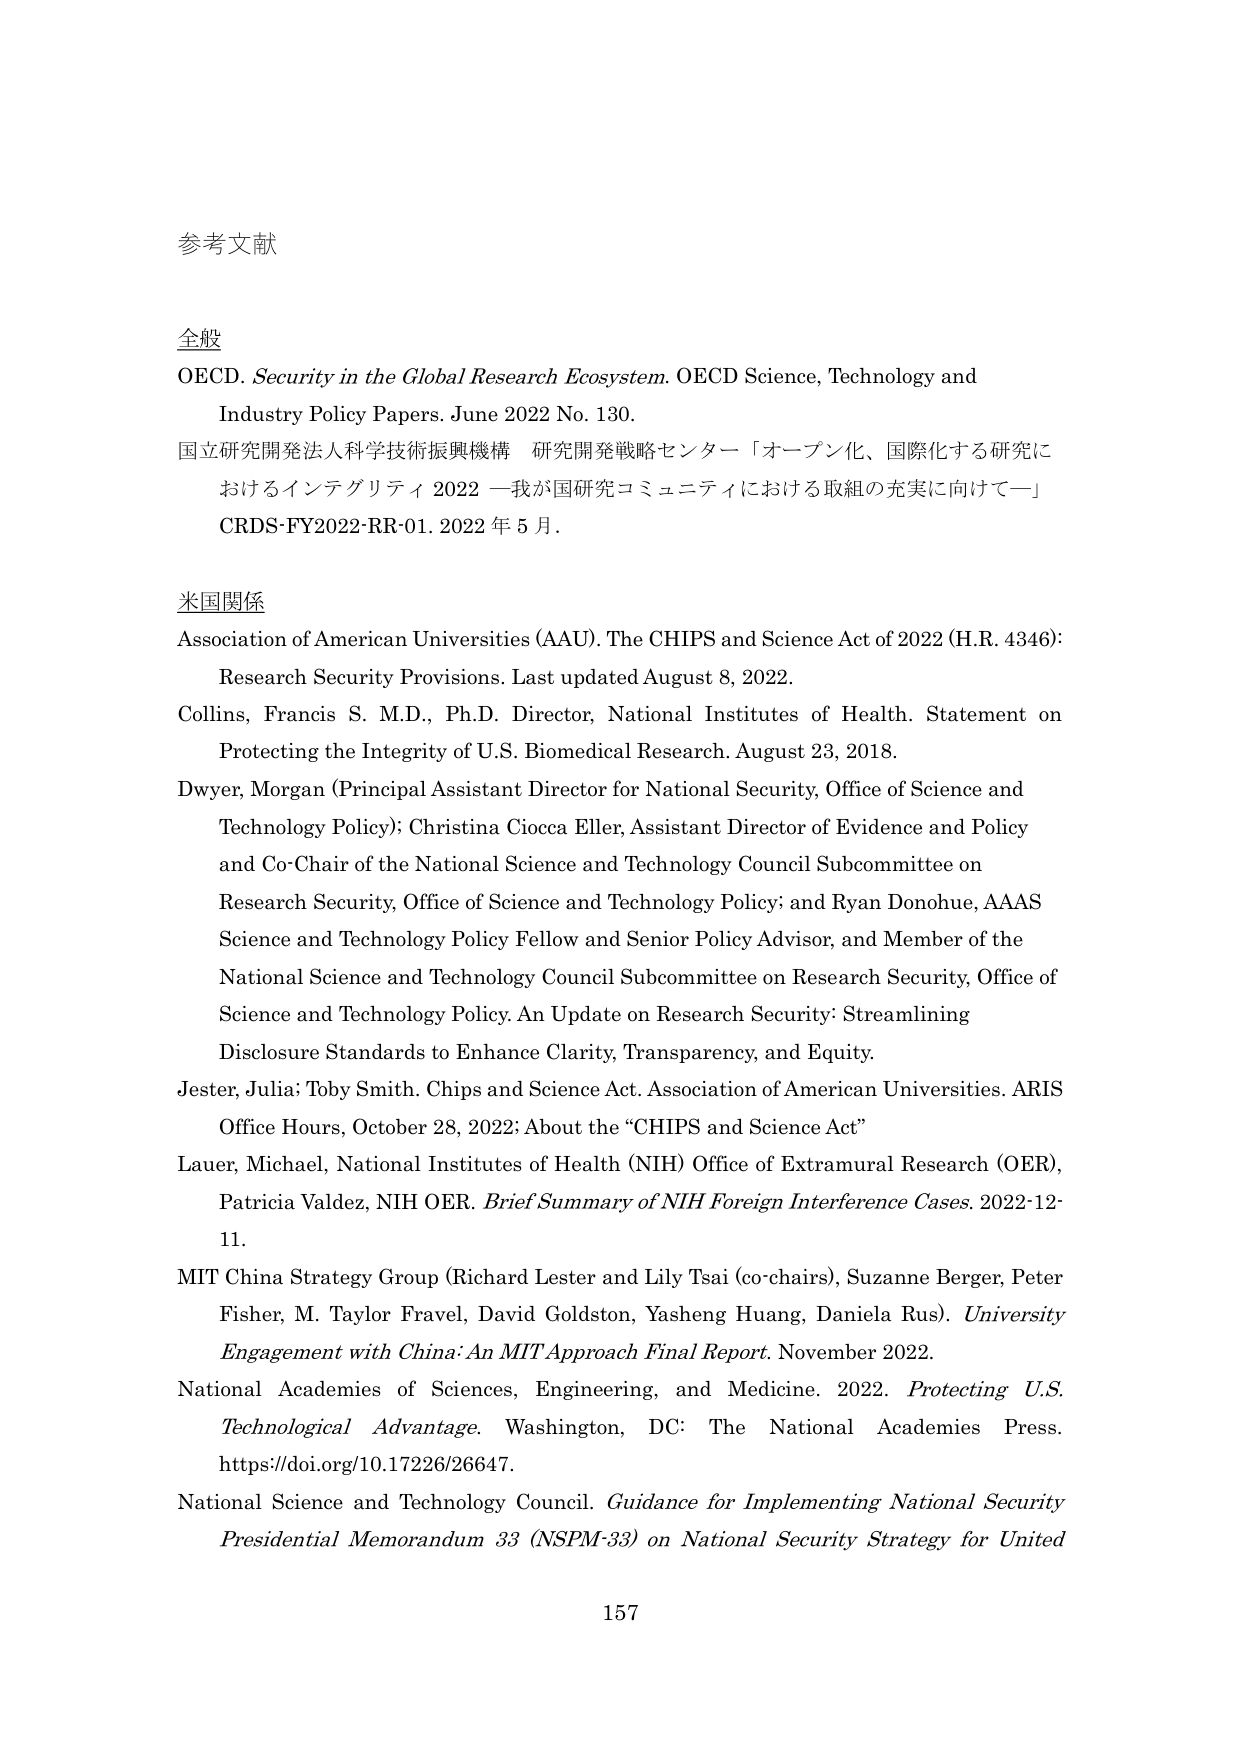
参考文献

全般
OECD. Security in the Global Research Ecosystem. OECD Science, Technology and
Industry Policy Papers. June 2022 No. 130.
国立研究開発法人科学技術振興機構 研究開発戦略センター「オープン化、国際化する研究に
おけるインテグリティ 2022 —我が国研究コミュニティにおける取組の充実に向けて—」
CRDS-FY2022-RR-01. 2022 年 5 月.

米国関係
Association of American Universities (AAU). The CHIPS and Science Act of 2022 (H.R. 4346):
Research Security Provisions. Last updated August 8, 2022.
Collins, Francis S. M.D., Ph.D. Director, National Institutes of Health. Statement on
Protecting the Integrity of U.S. Biomedical Research. August 23, 2018.
Dwyer, Morgan (Principal Assistant Director for National Security, Office of Science and
Technology Policy); Christina Ciocca Eller, Assistant Director of Evidence and Policy
and Co-Chair of the National Science and Technology Council Subcommittee on
Research Security, Office of Science and Technology Policy; and Ryan Donohue, AAAS
Science and Technology Policy Fellow and Senior Policy Advisor, and Member of the
National Science and Technology Council Subcommittee on Research Security, Office of
Science and Technology Policy. An Update on Research Security: Streamlining
Disclosure Standards to Enhance Clarity, Transparency, and Equity.
Jester, Julia; Toby Smith. Chips and Science Act. Association of American Universities. ARIS
Office Hours, October 28, 2022: About the “CHIPS and Science Act”
Lauer, Michael, National Institutes of Health (NIH) Office of Extramural Research (OER),
Patricia Valdez, NIH OER. Brief Summary of NIH Foreign Interference Cases. 2022-12-
11.
MIT China Strategy Group (Richard Lester and Lily Tsai (co-chairs), Suzanne Berger, Peter
Fisher, M. Taylor Fravel, David Goldston, Yasheng Huang, Daniela Rus). University
Engagement with China: An MIT Approach Final Report. November 2022.
National Academies of Sciences, Engineering, and Medicine. 2022. Protecting U.S.
Technological Advantage. Washington, DC: The National Academies Press.
https://doi.org/10.17226/26647.
National Science and Technology Council. Guidance for Implementing National Security
Presidential Memorandum 33 (NSPM-33) on National Security Strategy for United

157